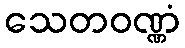
သေတဝဏ္ဏံ